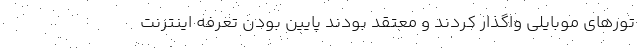
تورهای موبایلی واگذار کردند و معتقد بودند پایین بودن تعرفه اینترنت